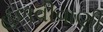
હળવીવાણી